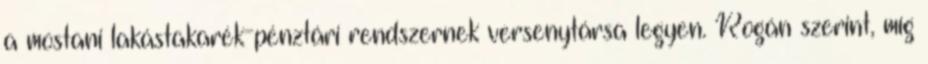
a mostani lakástakarék-pénztári rendszernek versenytársa legyen. Rogán szerint, míg